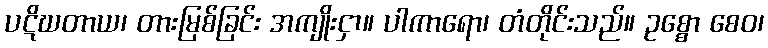
ပဋိဃတာယ၊ တားမြစ်ခြင်း အကျိုးငှာ။ ပါကာရော၊ တံတိုင်းသည်။ ဥစ္စော စေဝ၊